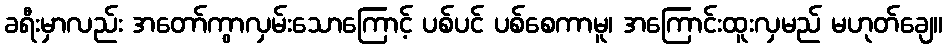
ခရီးမှာလည်း အတော်ကွာလှမ်းသောကြောင့် ပစ်ပင် ပစ်စေကာမူ၊ အကြောင်းထူးလှမည် မဟုတ်ချေ။